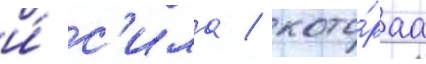
и́ с'ила / кото́раа